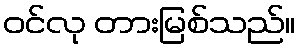
ဝင်လု တားမြစ်သည်။